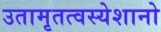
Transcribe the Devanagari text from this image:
उतामृतत्वस्येशानो